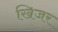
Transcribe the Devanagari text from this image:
खिजर